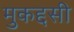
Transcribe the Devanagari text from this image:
मुकद्दसी